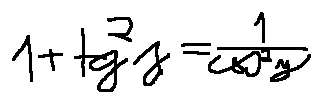
1 + t g ^ { 2 } y = \frac { 1 } { \cos ^ { 2 } y }